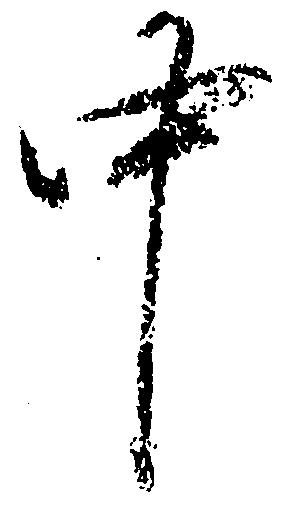
中